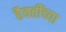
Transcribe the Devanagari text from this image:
हैबतींच्या